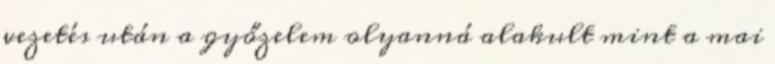
vezetés után a győzelem olyanná alakult mint a mai